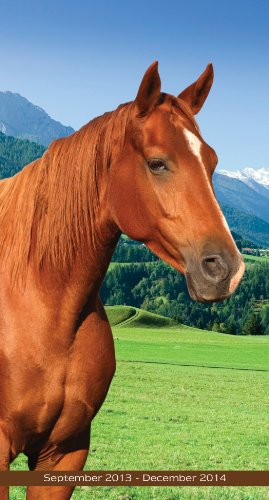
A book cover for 2014 Horses Pocket Calendar; TF Publishing; Calendars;